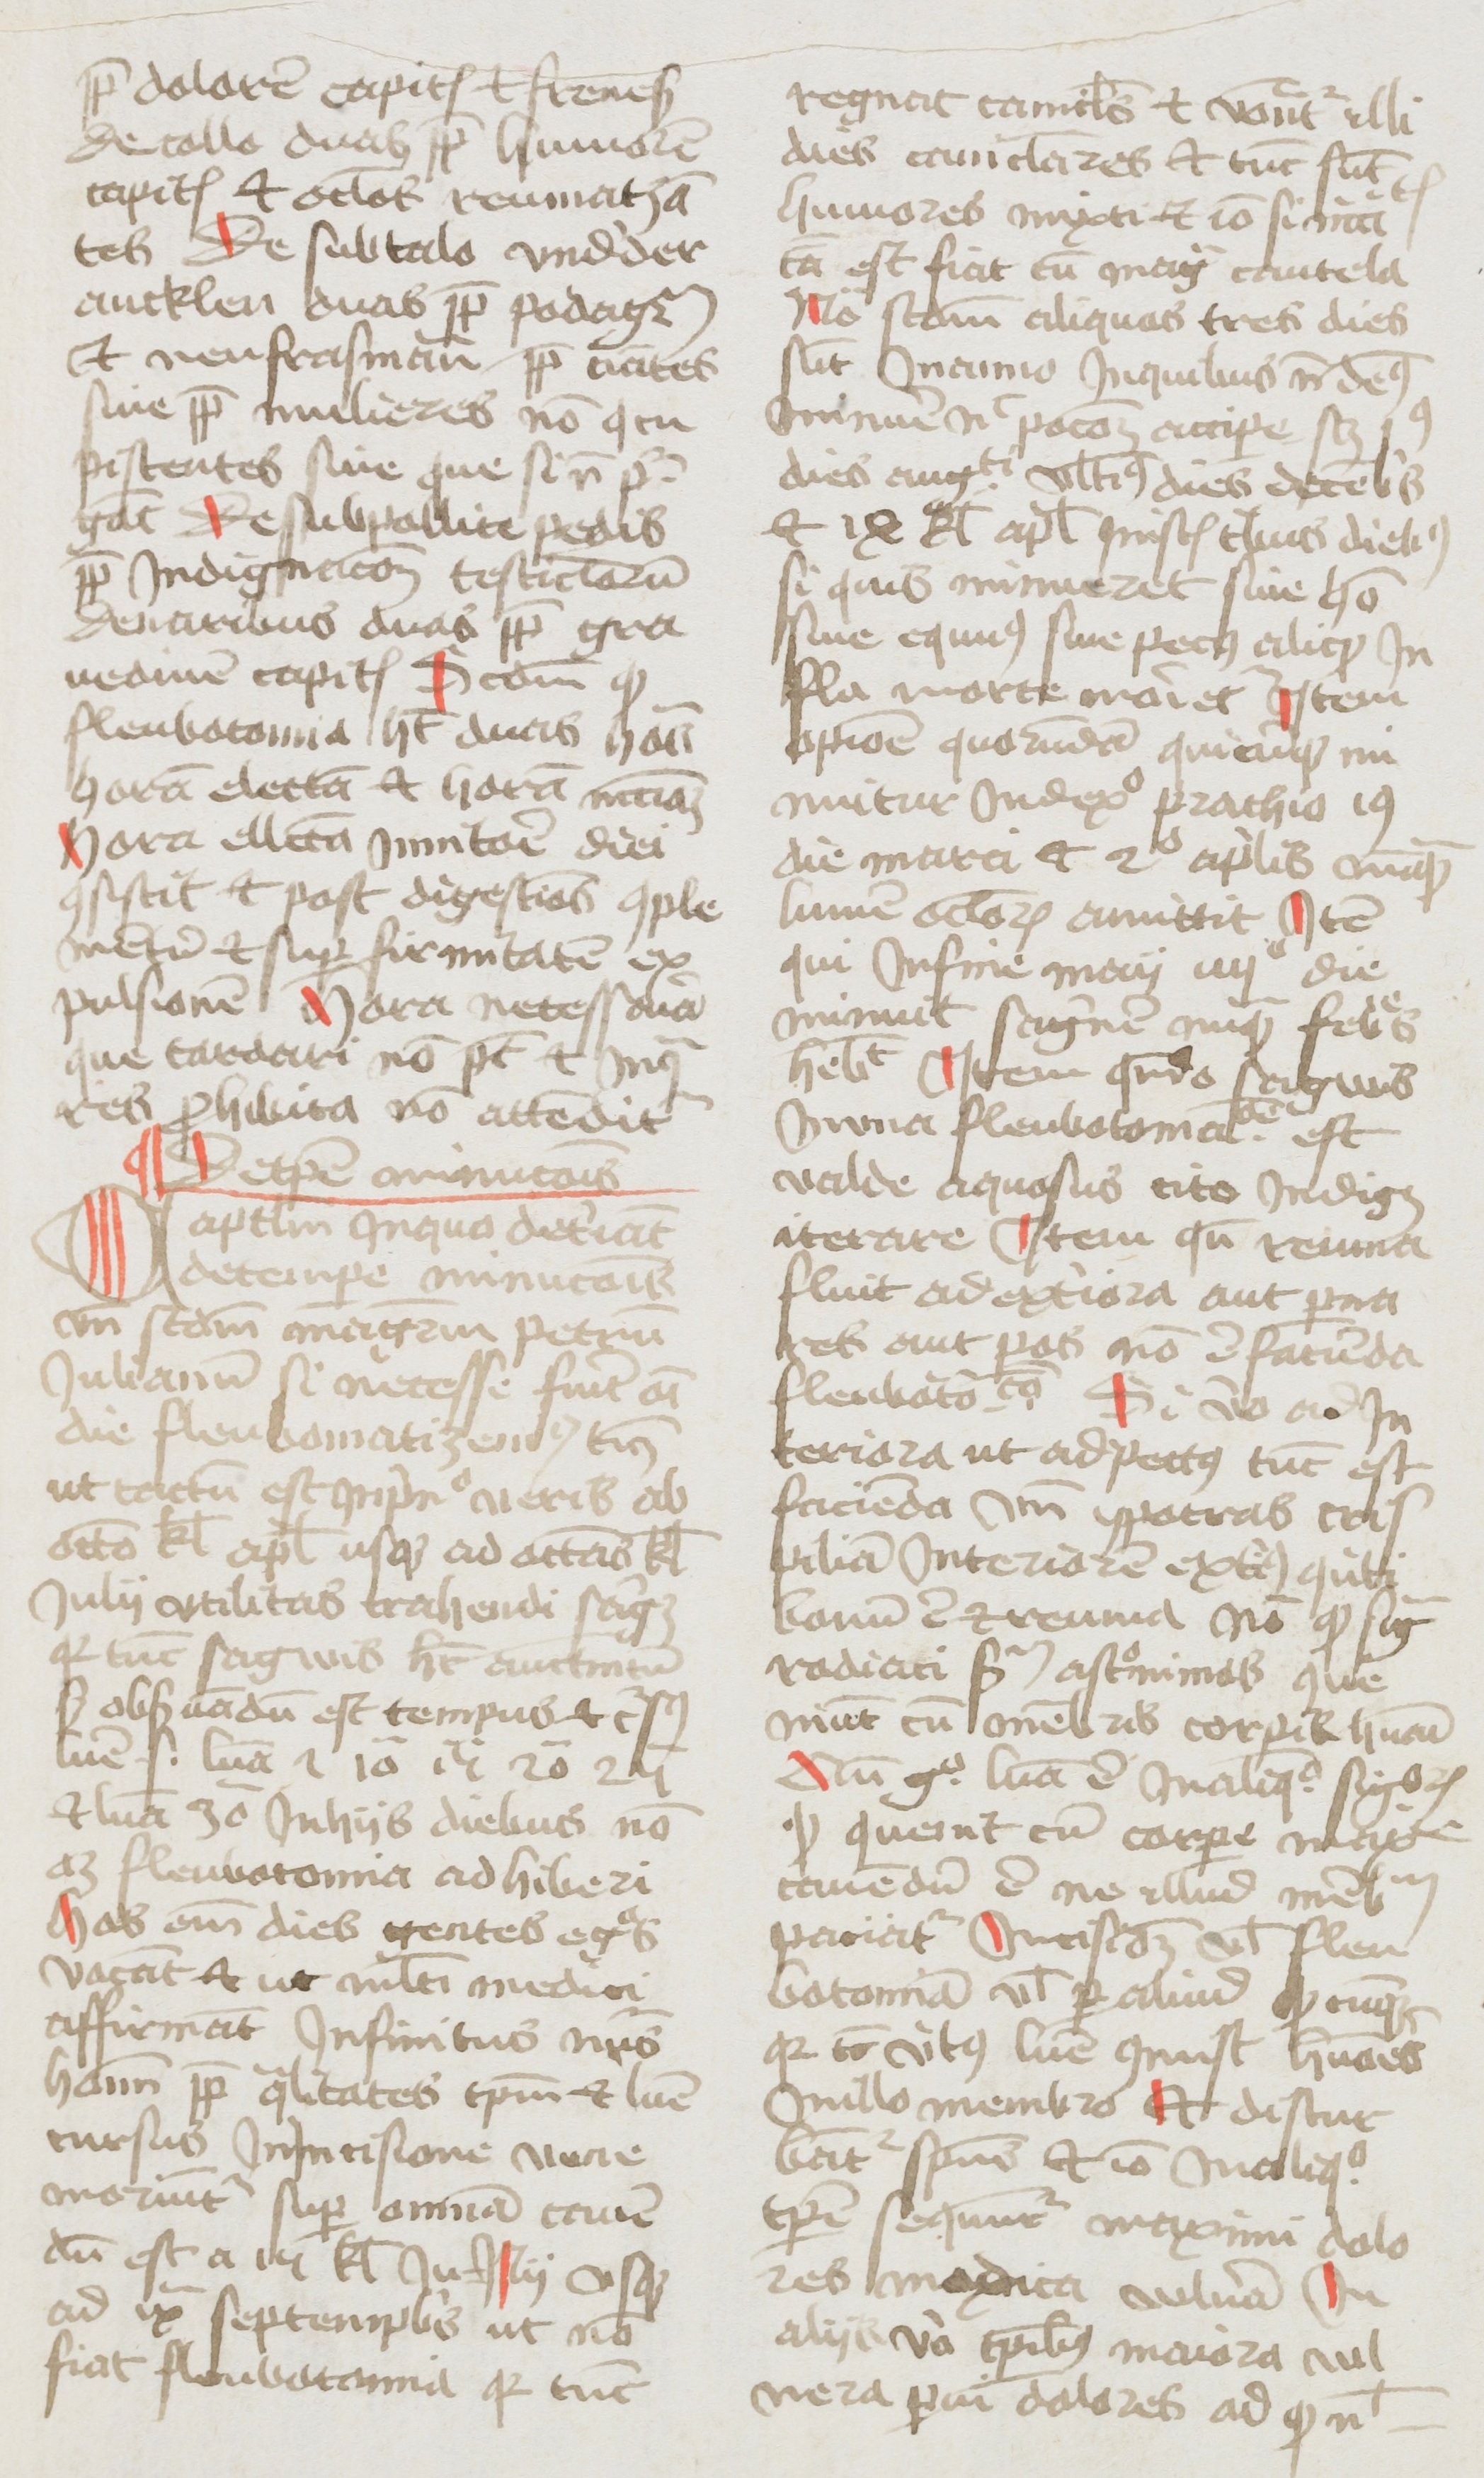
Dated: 1400–1499